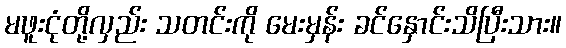
မဖူးငုံတို့လှည်း သတင်းကို မေးမှန်း ခင်နှောင်းသိပြီးသား။